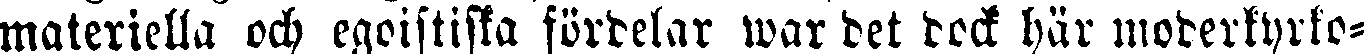
materiella och egoistiska fördelar war det dock här moderkyrko-